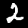
Label: 2